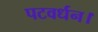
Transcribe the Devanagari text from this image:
पटवर्धन।